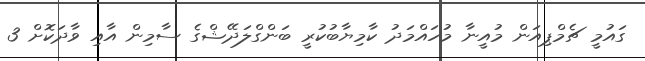
ގައުމީ ޗެމްޕިއަން މުއީނާ މުހައްމަދު ކާމިޔާބުކުރީ ބަންގްލަދޭޝްގެ ސާމިން އާއި ވާދަކޮށް 3